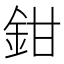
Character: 鉗